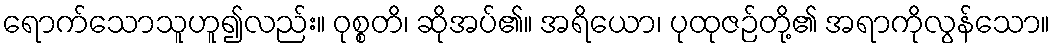
ရောက်သောသူဟူ၍လည်း။ ဝုစ္စတိ၊ ဆိုအပ်၏။ အရိယော၊ ပုထုဇဉ်တို့၏ အရာကိုလွန်သော။